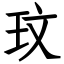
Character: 玟